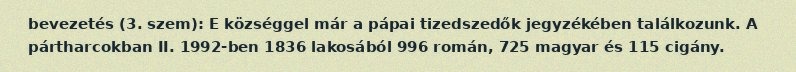
bevezetés (3. szem): E községgel már a pápai tizedszedők jegyzékében találkozunk. A pártharcokban II. 1992-ben 1836 lakosából 996 román, 725 magyar és 115 cigány.